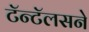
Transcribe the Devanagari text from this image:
टॅन्टॅलसने